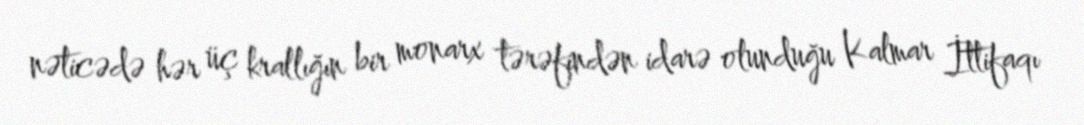
nəticədə hər üç krallığın bir monarx tərəfindən idarə olunduğu Kalmar İttifaqı